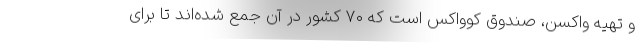
و تهیه واکسن، صندوق کوواکس است که ۷۰ کشور در آن جمع شده‌اند تا برای